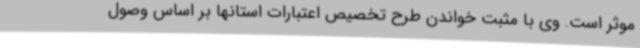
موثر است. وی با مثبت خواندن طرح تخصیص اعتبارات استانها بر اساس وصول